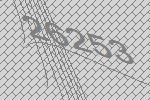
26253